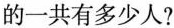
的一共有多少人?